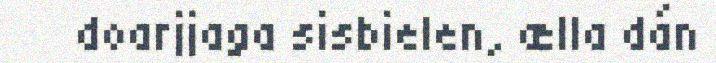
doarjjaga sisbielen, ælla dán